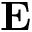
{ \bf E }